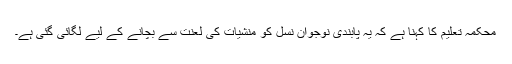
محکمہ تعلیم کا کہنا ہے کہ یہ پابندی نوجوان نسل کو منشیات کی لعنت سے بچانے کے لیے لگائی گئی ہے۔